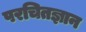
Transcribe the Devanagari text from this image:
परचितज्ञान